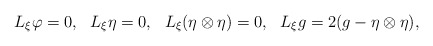
\begin{align*}L_{\xi}\varphi=0, \ \ L_{\xi}\eta=0, \ \ L_{\xi}(\eta\otimes \eta)=0, \ \ L_{\xi}g=2(g-\eta\otimes \eta),\end{align*}